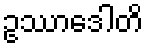
ဥဿာဒေါတိ